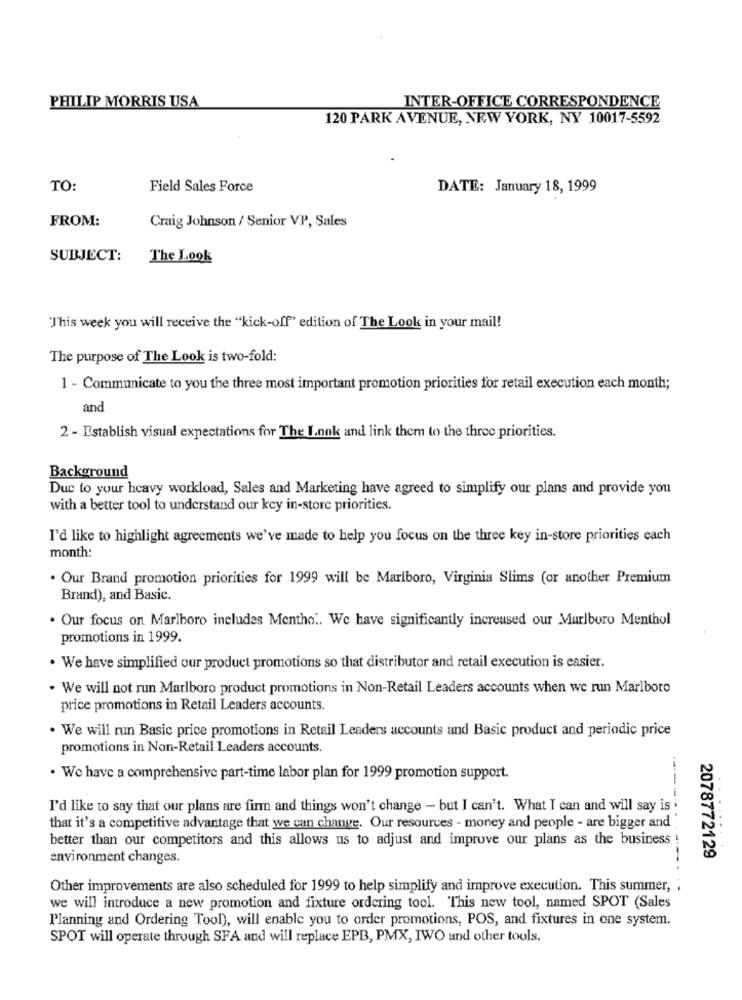
PHILIP MORRIS USA
INTER-OFFICE CORRESPONDENCE
120 PARK AVENUE, NEW YORK, NY 10017-5592
TO:
Field Sales Force
DATE: January 18, 1999
FROM:
Craig Johnson / Senior VP, Sales
SUBJECT:
The Look
"This week you will receive the "kick-off" edition of The Look in your mail!
The purpose of The Look is two-fold:
1 - Communicate to you the three most important promotion priorities for retail execution each month;
and
2 - Establish visual expectations for The Look and link them to the three priorities.
Background
Due to your heavy workload, Sales and Marketing have agreed to simplify our plans and provide you
with a better tool to understand our key in-store priorities.
I'd like to highlight agreements we've made to help you focus on the three key in-store priorities each
month:
. Our Brand promotion priorities for 1999 will be Marlboro, Virginia Slims (or another Premium
Brand), and Basic.
. Our focus on Marlboro includes Mentho .. We have significantly increased our Marlboro Menthol
promotions in 1999.
. We have simplified our product promotions so that distributor and retail execution is easier.
. We will not run Marlboro product promotions in Non-Retail Leaders accounts when we run Marlboro
price promotions in Retail Leaders accounts.
. We will run Basic price promotions in Retail Leaders accounts and Basic product and periodic price
promotions in Non-Retail Leaders accounts.
. We have a comprehensive part-time labor plan for 1999 promotion support.
I'd like to say that our plans are firm and things won't change - but I can't. What I can and will say is
that it's a competitive advantage that we can change. Our resources - money and people - are bigger and "
better than our competitors and this allows us to adjust and improve our plans as the business !
environment changes.
2078772129
Other improvements are also scheduled for 1999 to help simplify and improve execution. This summer, ;
we will introduce a new promotion and fixture ordering tool. This new tool, named SPOT (Sales
Planning and Ordering Tool), will enable you to order promotions, POS, and fixtures in one system.
SPOT will operate through SFA and will replace EPB, PMX, IWO and other tools.